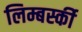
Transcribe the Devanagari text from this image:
लिम्बर्स्की